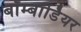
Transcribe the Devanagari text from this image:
बॉम्बॉर्डियर